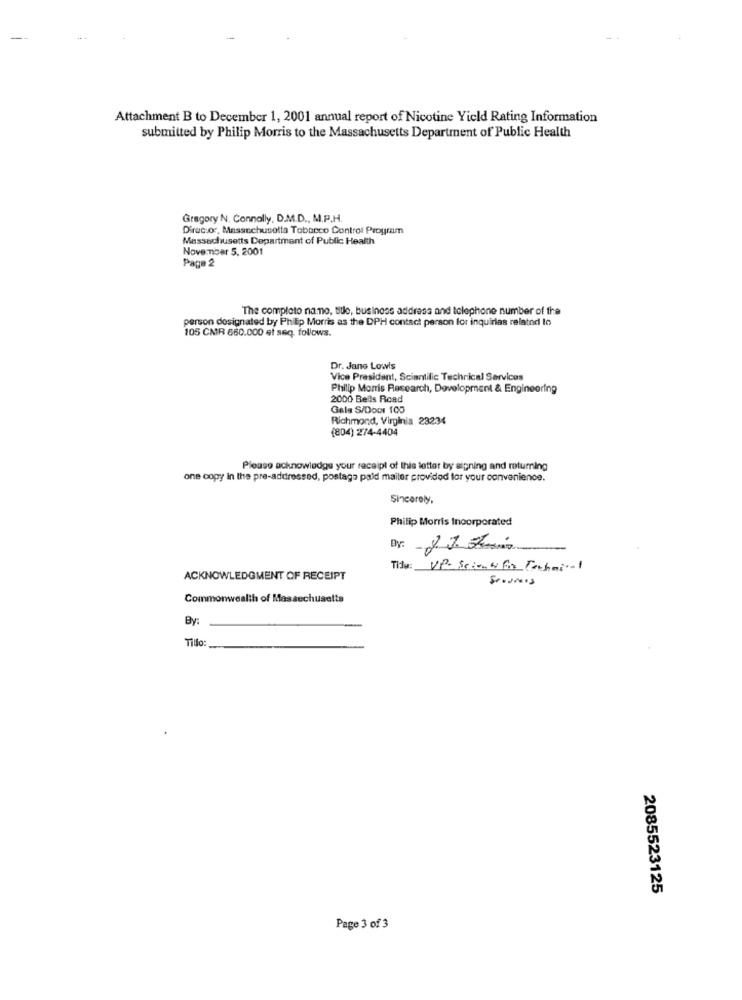
Attachment B to December 1, 2001 annual report of Nicotine Yield Rating Information
submitted by Philip Morris to the Massachusetts Department of Public Health
Gregory N. Connolly, D.M.D ., M.P.H.
Director, Masscchusolta Tobacco Control Program
Massachusetts Department of Public Health
November 5. 2001
Page 2
The completo nano, sule, business address and telephone number of the
person designated by Philip Morris as the DPH contact person for inquirlas related to
105 CMR 660.000 et seq. follows.
Dr. Jane Lowis
Vice President, Scientific Technical Services
Philip Morris Research, Development & Engineering
2000 Bells Road
Gala S/Door 100
Richmond, Virginia 23234
(804) 274-4404
Please acknowledge your receipt of this letter by signing and returning
one copy in the pre-addressed, postage paid mailer provided for your convenience.
Sincerely,
Philip Morris Incorporated
Dy:
Tide:
UP. Scient for Techni-1
ACKNOWLEDGMENT OF RECEIPT
Services
Commonwealth of Massechusetts
By:
Tillo:
2085523125
Page 3 of 3